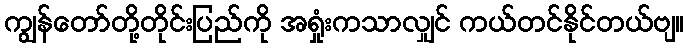
ကျွန်တော်တို့တိုင်းပြည်ကို အရှုံးကသာလျှင် ကယ်တင်နိုင်တယ်ဗျ။